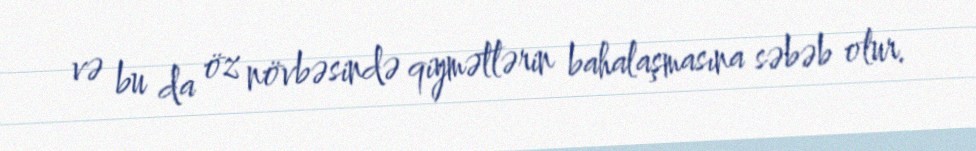
və bu da öz növbəsində qiymətlərin bahalaşmasına səbəb olur.